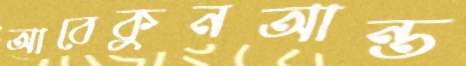
আবেকুনআন্ত